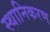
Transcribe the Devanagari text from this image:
स्थानिकरण